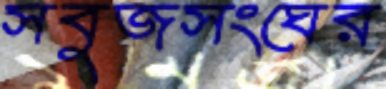
সবুজসংঘের